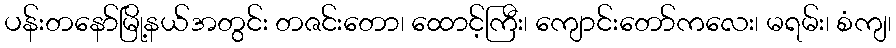
ပန်းတနော်မြို့နယ်အတွင်း တဇင်းတော၊ ထောင့်ကြီး၊ ကျောင်းတော်ကလေး၊ မရမ်း၊ စံကျ၊